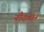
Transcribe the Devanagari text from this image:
नौदलानं